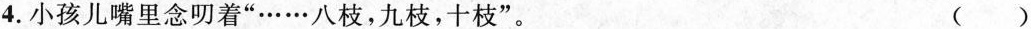
4.小孩儿嘴里念叨着”……八枝，九枝，十枝”。 ()